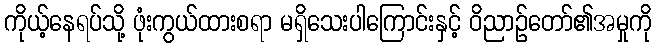
ကိုယ့်နေရပ်သို့ ဖုံးကွယ်ထားစရာ မရှိသေးပါကြောင်းနှင့် ဝိညာဉ်တော်၏အမှုကို